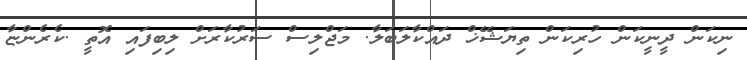
ނިކަން ދީނީކަން ހުރިކަން ތިޔަޝޭޚް ދައްކާލަބަލާ. މަޖްލިސް ސަރުކާރަށް ލިބިފައި އޮތީ .ކެރެންޏާ